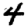
Digit: 4